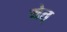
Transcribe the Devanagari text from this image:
येत्